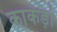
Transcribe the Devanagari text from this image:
काकड़ां